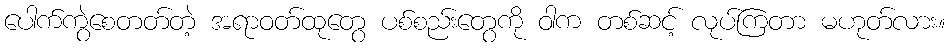
ပေါက်ကွဲစေတတ်တဲ့ အရာဝတ်ထုတွေ ပစ်စည်းတွေကို ဝါက တစ်ဆင့် လုပ်ကြတာ မဟုတ်လား။